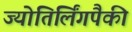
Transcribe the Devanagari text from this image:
ज्योतिर्लिंगपैकी